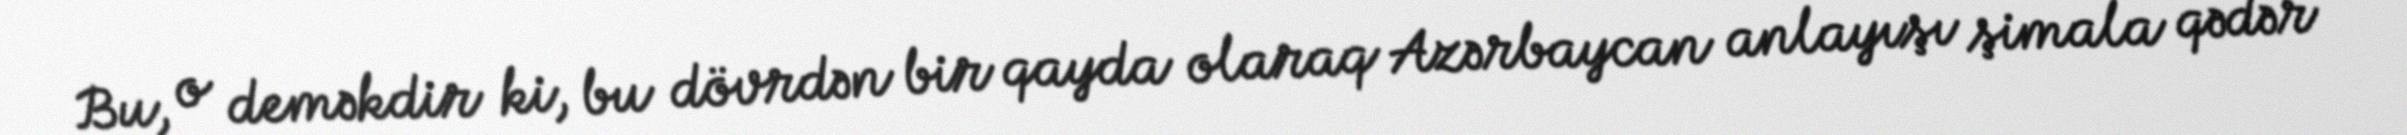
Bu, o deməkdir ki, bu dövrdən bir qayda olaraq Azərbaycan anlayışı şimala qədər